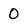
Character: 0